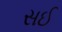
સઈ